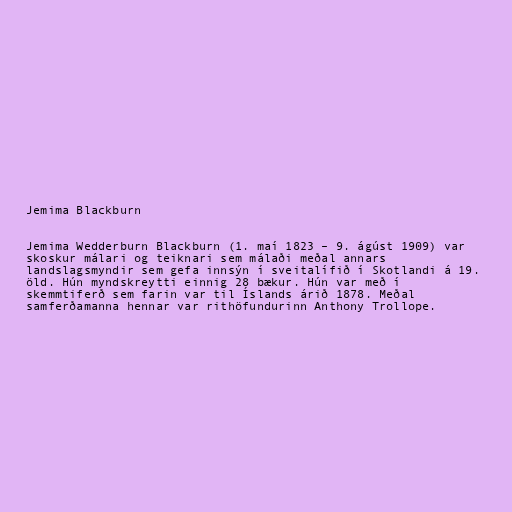
Jemima Blackburn

Jemima Wedderburn Blackburn (1. maí 1823 – 9. ágúst 1909) var
skoskur málari og teiknari sem málaði meðal annars
landslagsmyndir sem gefa innsýn í sveitalífið í Skotlandi á 19.
öld. Hún myndskreytti einnig 28 bækur. Hún var með í
skemmtiferð sem farin var til Íslands árið 1878. Meðal
samferðamanna hennar var rithöfundurinn Anthony Trollope.